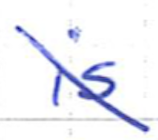
Text: is
Cross-out: diagonal
Writing tool: ballpoint